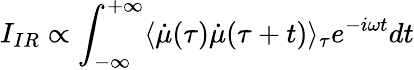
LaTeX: I_{IR}\propto\int_{-\infty}^{+\infty}\langle\dot{\mu}(\tau)\dot{\mu}(\tau+t)\rangle_{\tau}e^{-i\omega t}dt